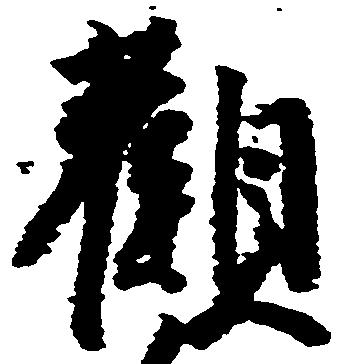
観